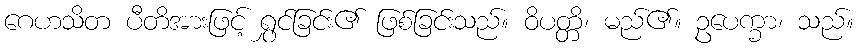
ဂေဟသိတ ပီတိအားဖြင့် ရွှင်ခြင်း၏ ဖြစ်ခြင်းသည်။ ဝိပတ္တိ၊ မည်၏။ ဥပေက္ခာ၊ သည်။